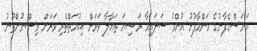
އަނަސްގެފާނުގެ މަންމާފުޅު އުންމު ސަލައިމާ ރަޟިޔަ ތަޢާލާ ވަރަށް ޙިކުމަތްތެރި ވަރަށް ވިސްނުންތޫނު